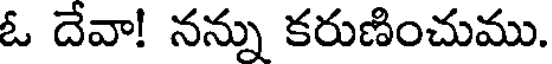
ఓ దేవా! నన్ను కరుణించుము.